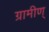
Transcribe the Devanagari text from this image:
ग्रामीण्